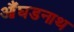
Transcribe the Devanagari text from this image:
औंघडनाथ